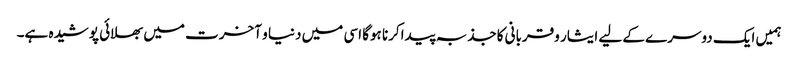
ہمیں ایک دوسرے کے لیے ایثار وقربانی کاجذبہ پیداکرنا ہوگا اسی میں دنیا و آخرت میں بھلائی پوشیدہ ہے۔